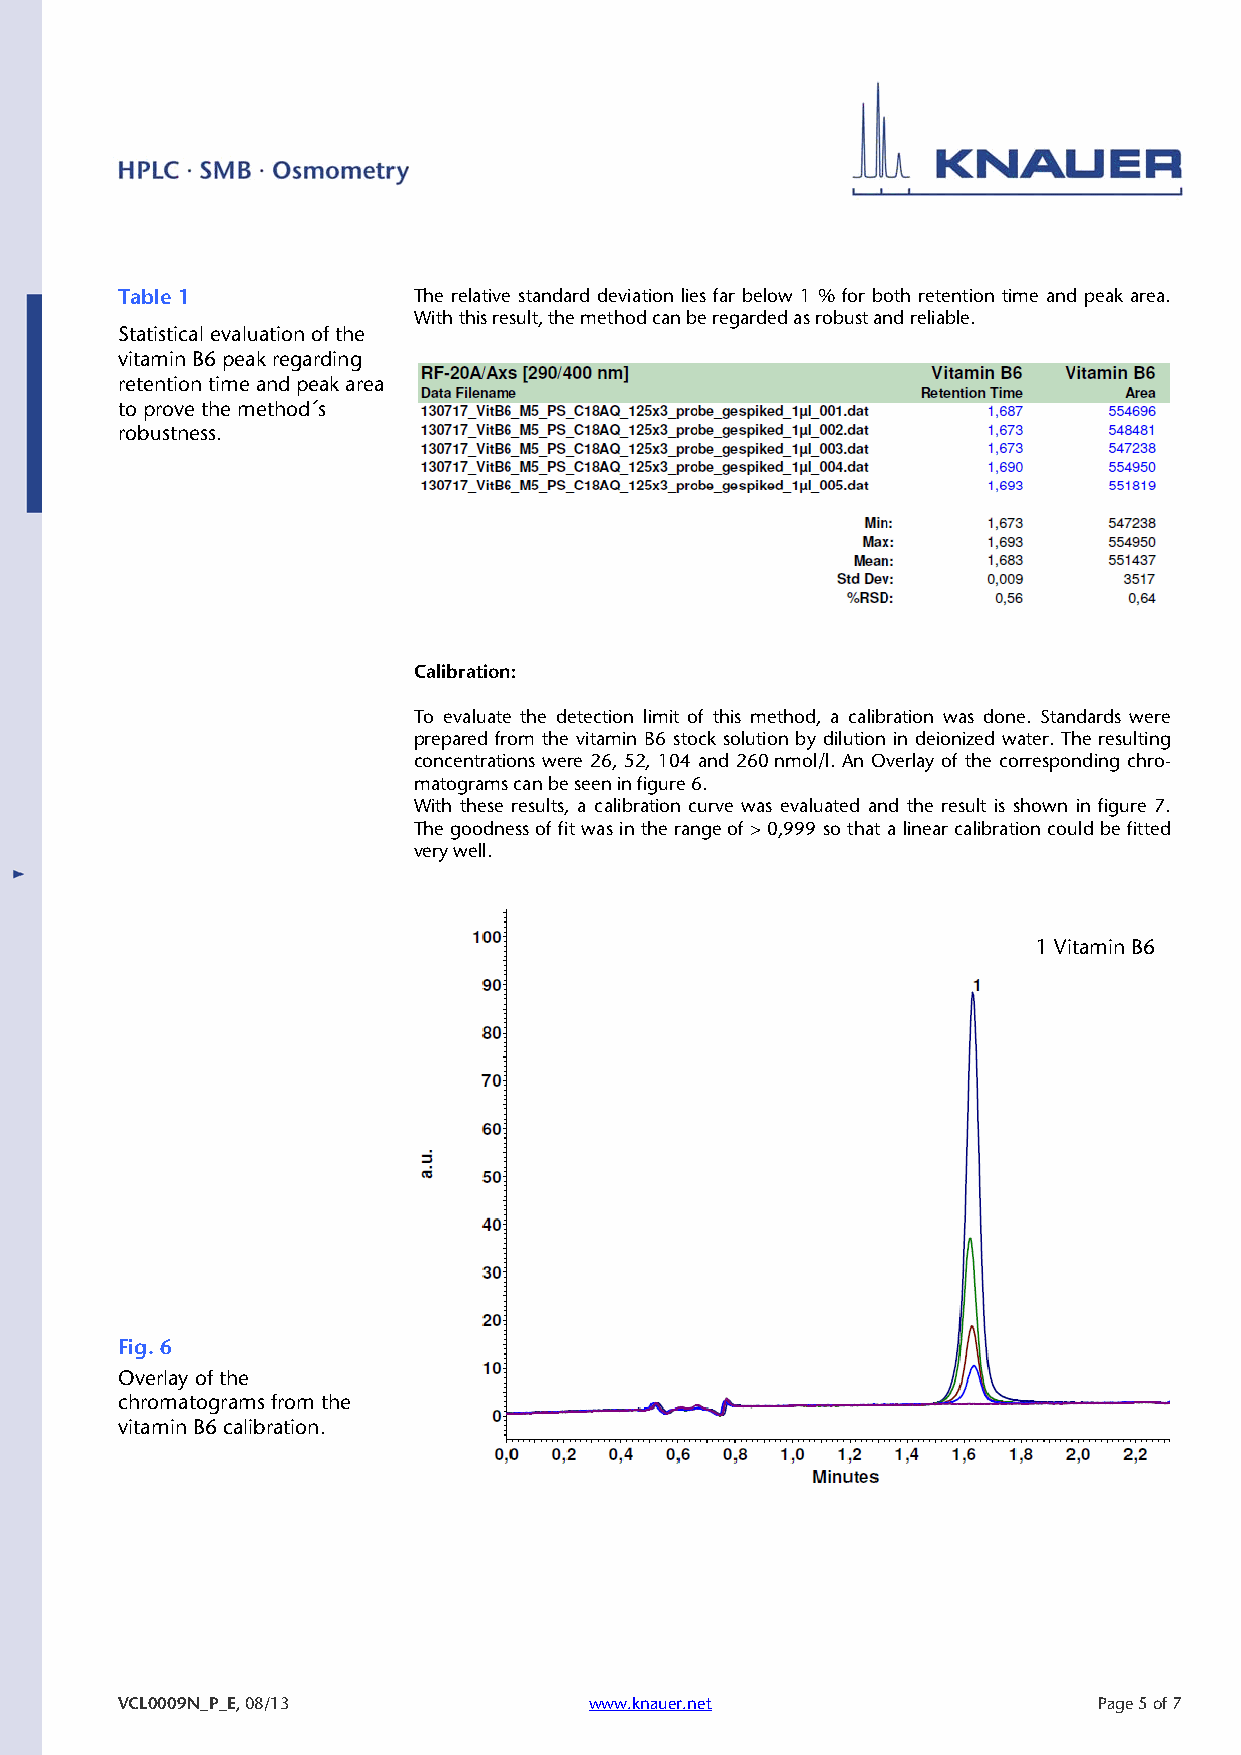
Table 1            The relative standard deviation lies far below 1 % for both retention time and peak area.
 With this result, the method can be regarded as robust and reliable.
 Statistical evaluation of the
 vitamin B6 peak regarding
 retention time and peak area
 to prove the method´s
 robustness.
 Calibration:
 To evaluate the detection limit of this method, a calibration was done. Standards were
 prepared from the vitamin B6 stock solution by dilution in deionized water. The resulting
 concentrations were 26, 52, 104 and 260 nmol/l. An Overlay of the corresponding chro-
 matograms can be seen in figure 6.
 With these results, a calibration curve was evaluated and the result is shown in figure 7.
 The goodness of fit was in the range of > 0,999 so that a linear calibration could be fitted
 very well.
 1 Vitamin B6
 Fig. 6
 Overlay of the
 chromatograms from the
 vitamin B6 calibration.
 VCL0009N_P_E, 08/13            www.knauer.net                    Page 5 of 7